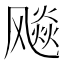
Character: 飚